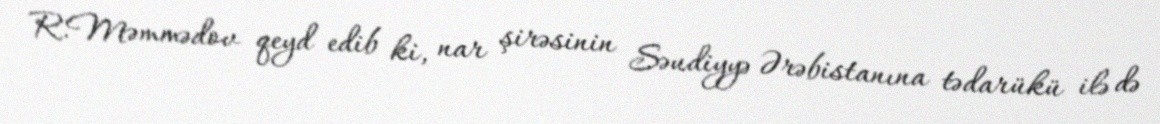
R.Məmmədov qeyd edib ki, nar şirəsinin Səudiyyə Ərəbistanına tədarükü ilə də